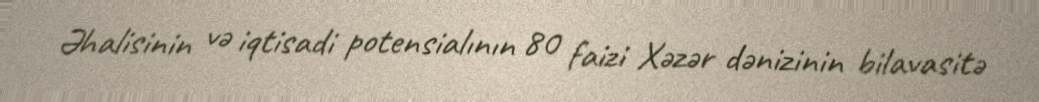
Əhalisinin və iqtisadi potensialının 80 faizi Xəzər dənizinin bilavasitə